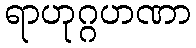
ရာဟုဂ္ဂဟဏာ